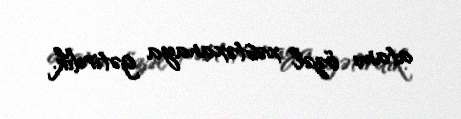
atamı özəl xəstəxanaya gətirdik.